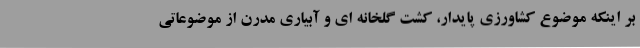
بر اینکه موضوع کشاورزی پایدار، کشت گلخانه ای و آبیاری مدرن از موضوعاتی